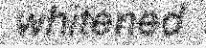
whitened